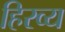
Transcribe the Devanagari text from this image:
हिरव्य